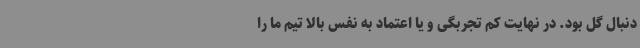
دنبال گل بود. در نهایت کم تجربگی و یا اعتماد به نفس بالا تیم ما را